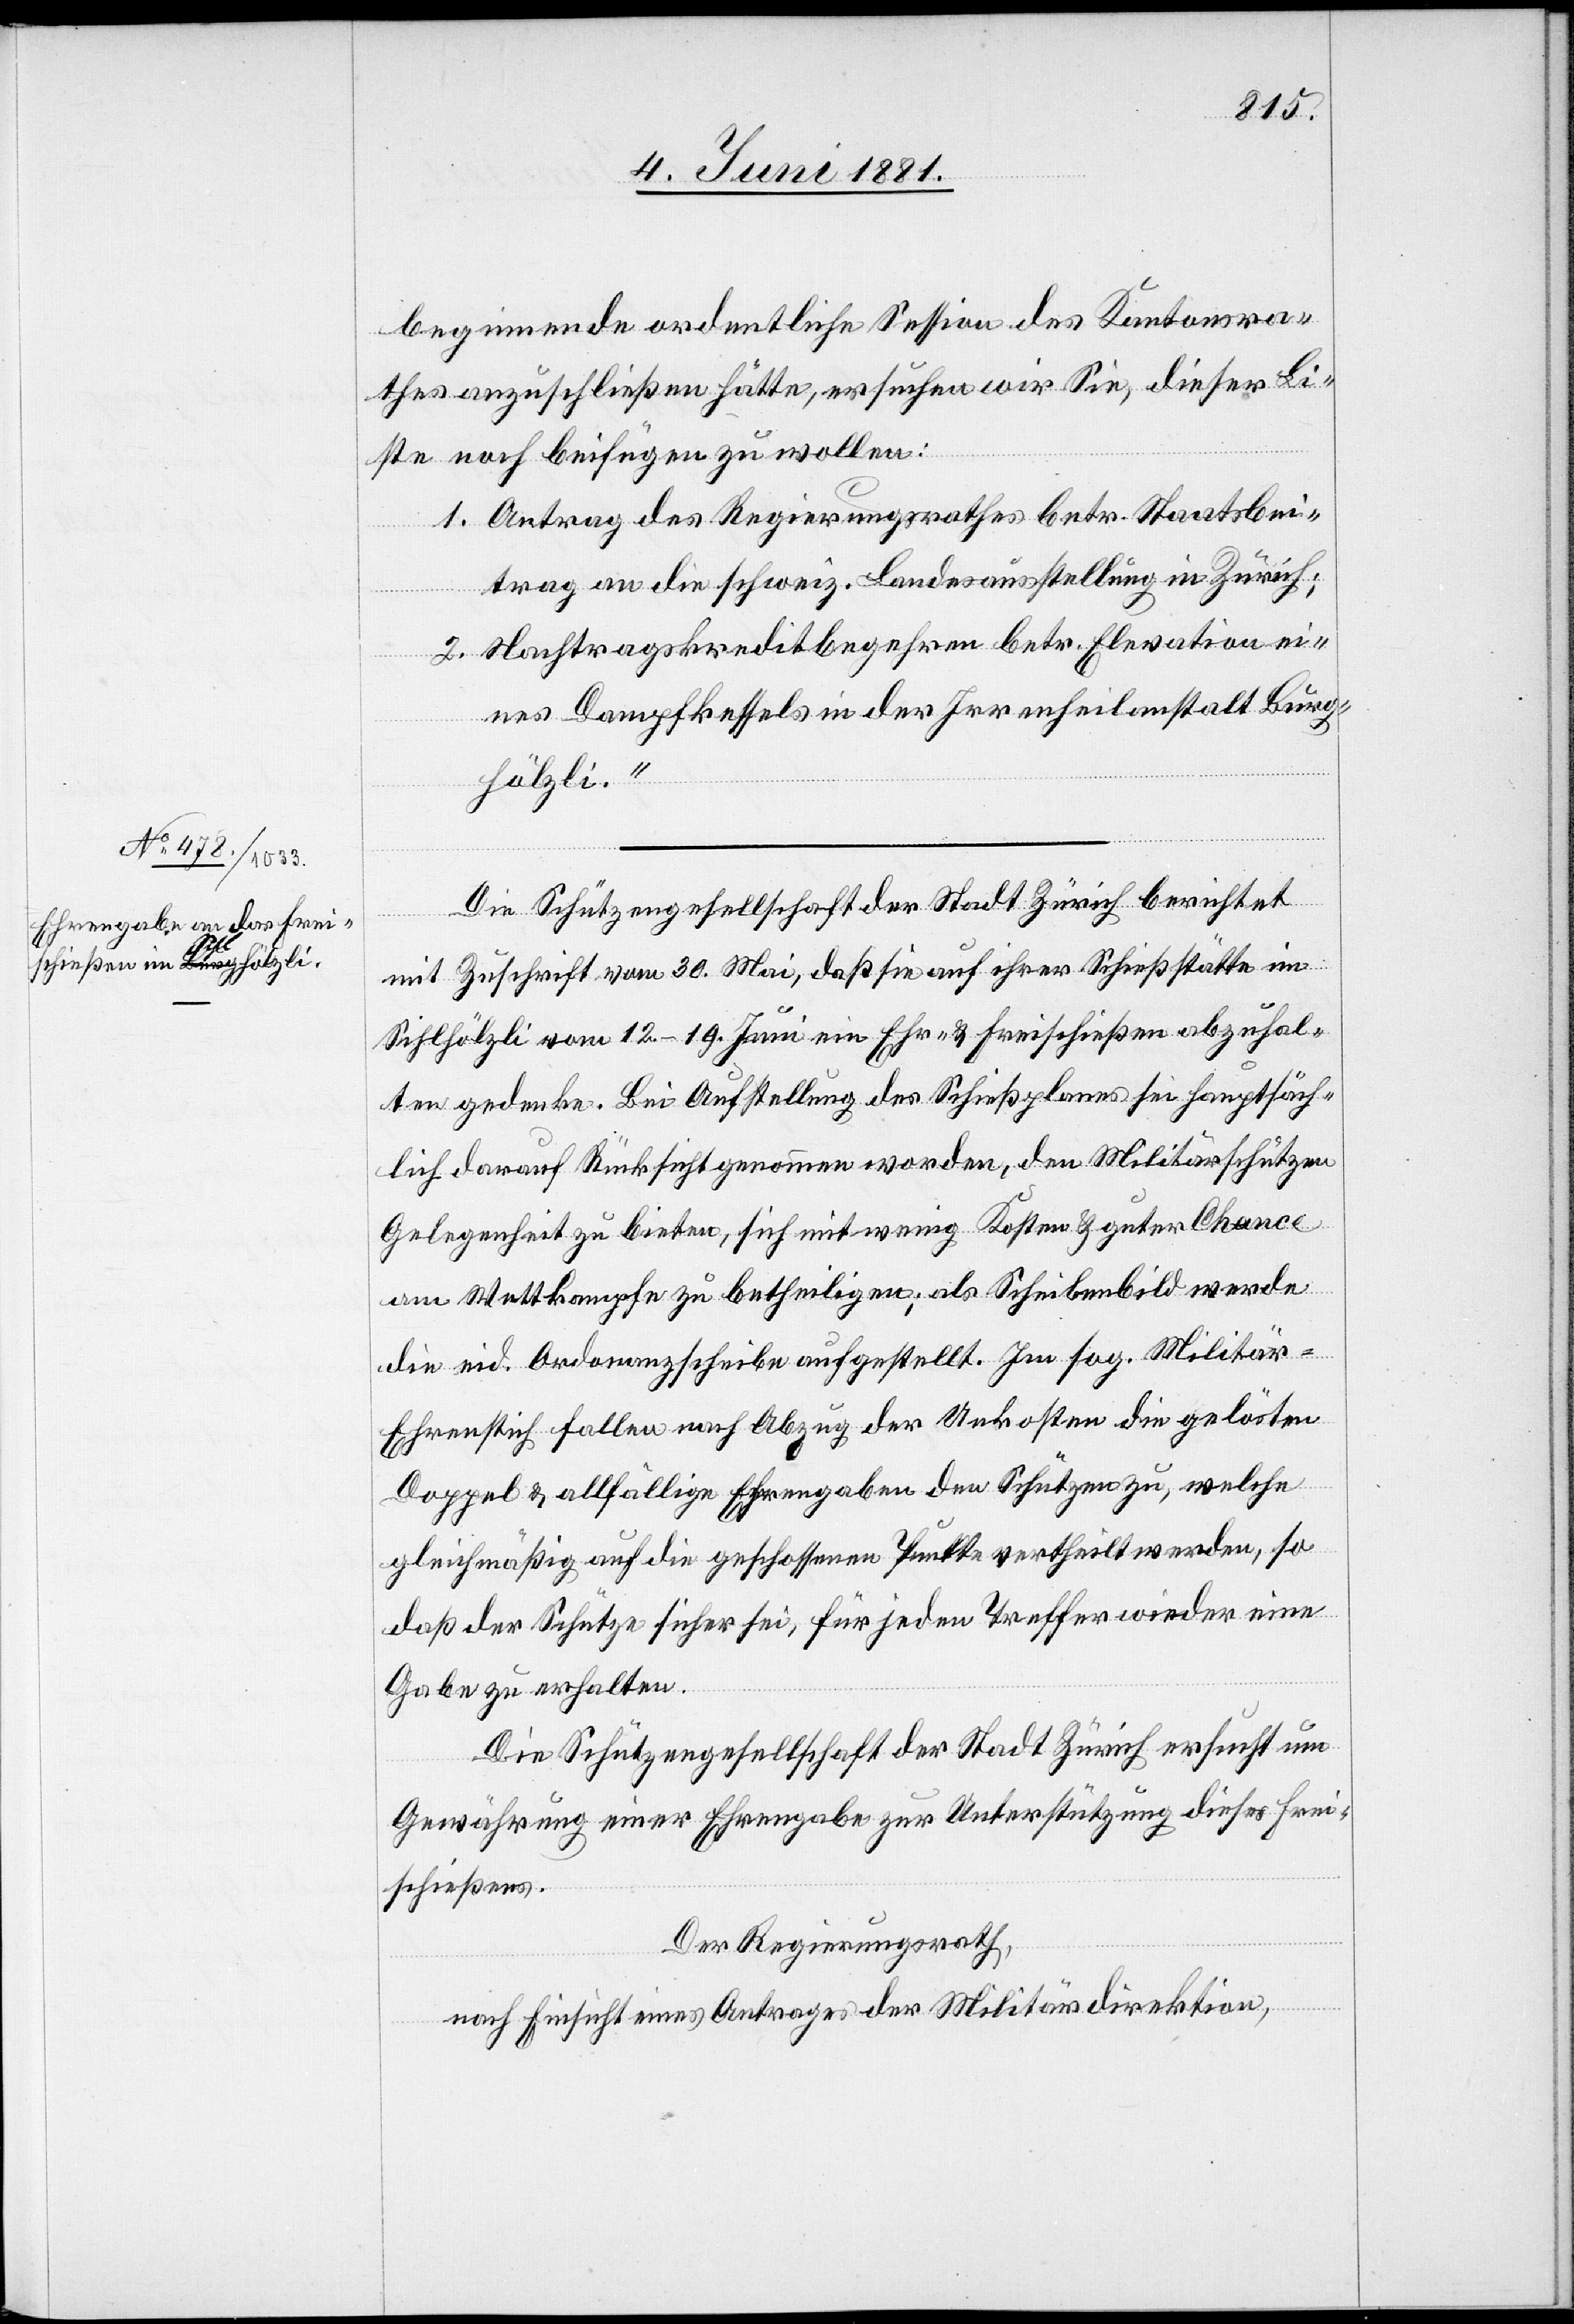
beginnende ordentliche Session des Kantonsra¬
thes auszuschließen hätte, ersuchen wir Sie, dieser Li¬
ste noch beifügen zu wollen:
1. Antrag des Regierungsrathes betr. Staatsbei¬
trag an die schweiz. Landesausstellung in Zürich;
2. Nachtragskreditbegehren betr. Elevation ei¬
nes Dampfkessels in der Irrenheilanstalt Burg¬
hölzli.
Die Schützengesellschaft der Stadt Zürich berichtet
mit Zuschrift vom 30. Mai, daß sie auf ihrer Schießstätte im
Sihlhölzli vom 12.–19. Juni ein Ehr- & Freischießen abzuhal¬
ten gedenke. Bei Aufstellung des Schießplanes sei hauptsäch¬
lich darauf Rücksicht genommen worden, den Militärschützen
Gelegenheit zu bieten, sich mit wenig Kosten & guter Chance
am Wettkampfe zu betheiligen; als Scheibenbild werde
die eid. Ordonanzscheibe aufgestellt. Im sog. Militär-E¬
hrenstich fallen nach Abzug der Unkosten die gelösten
Doppel & allfällige Ehrengaben den Schützen zu, welche
gleichmäßig auf die geschossenen Punkte vertheilt werden, so
daß der Schütze sicher sei, für jeden Treffer wieder eine
Gabe zu erhalten.
Die Schützengesellschaft der Stadt Zürich ersucht um
Gewährung einer Ehrengabe zur Unterstützung dieses Frei¬
schießens
Der Regierungsrath,
nach Einsicht eines Antrages der Militärdirektion,